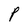
Character: P